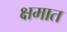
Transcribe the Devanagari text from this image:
क्षमात